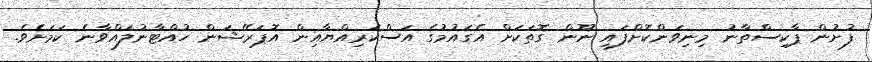
ފުށުން ޕާކިސްތާނު މިނިވަންކޮށްފައި ނޫން ގޮތަކަށް އެގައުމުގެ އަސްކަރިއްޔާއިން އޮޕަރޭޝަން ހުއްޓާނުލައްވާނެ ކަމަށެވެ.